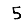
Digit: 5